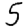
Digit: 5